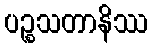
ပဉ္စသတာနိဿ